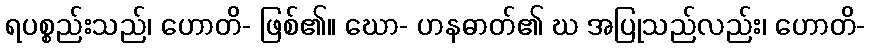
ရပစ္စည်းသည်၊ ဟောတိ- ဖြစ်၏။ ဃော- ဟနဓာတ်၏ ဃ အပြုသည်လည်း၊ ဟောတိ-